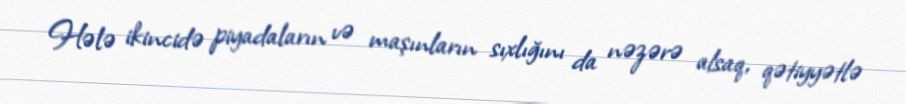
Hələ ikincidə piyadaların və maşınların sıxlığını da nəzərə alsaq, qətiyyətlə